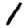
Digit: 1